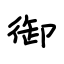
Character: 御